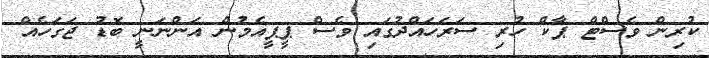
ކުރިން ވެސްޓް ޕާކް ހުރި ސަރަހައްދުގައި ވެސް ޕީޕީއެމުން އަންނަނީ ބޮޑު ޖަގަހެއް